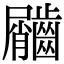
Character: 𪙌